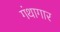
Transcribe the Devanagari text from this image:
गंथागार